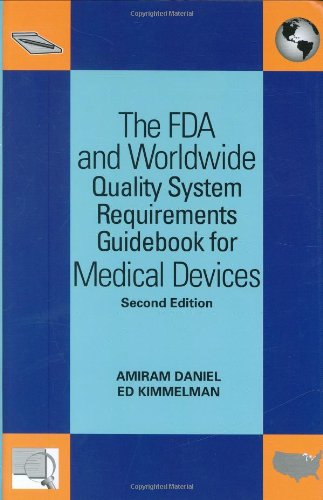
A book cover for The FDA and Worldwide Quality System Requirements Guidebook for Medical Devices, Second Edition; Amiram Daniel and Edward Kimmelman; Medical Books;